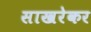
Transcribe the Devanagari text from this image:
साखरेकर